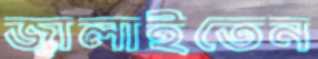
জ্বালাইতেন